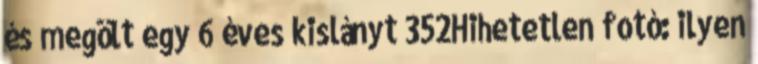
és megölt egy 6 éves kislányt 352Hihetetlen fotó: ilyen